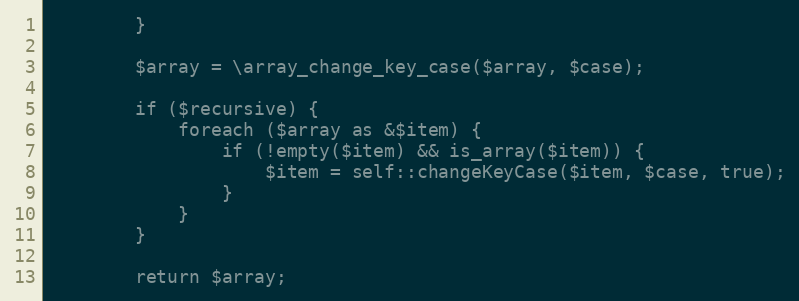
Language: PHP
        }

        $array = \array_change_key_case($array, $case);

        if ($recursive) {
            foreach ($array as &$item) {
                if (!empty($item) && is_array($item)) {
                    $item = self::changeKeyCase($item, $case, true);
                }
            }
        }

        return $array;